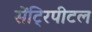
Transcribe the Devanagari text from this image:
सेंट्रिपीटल